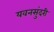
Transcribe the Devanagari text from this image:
यवनसुंदरी